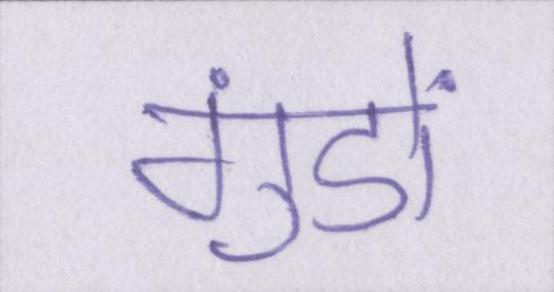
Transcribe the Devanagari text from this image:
गुंडों